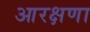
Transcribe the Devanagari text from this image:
आरक्षणा